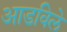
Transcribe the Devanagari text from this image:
आडविले